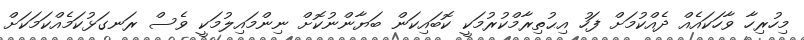
މިހުރިހާ ވާހަކައެއް ދެއްކުމަށް ފަހު އިޙުތިރާމްކުރުމަކީ ކޮބައިކަން ބަޔާންނުކޮށް ނިންމައިލުމަކީ ވެސް ރަނގަޅުކަމެއްކަމަކަށް